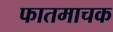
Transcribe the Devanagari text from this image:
फातमाचक